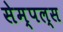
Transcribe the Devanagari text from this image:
सेम्पल्स